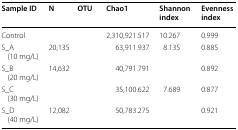
<table><thead><tr><td><b>Sample ID</b></td><td><b>N</b></td><td><b>OTU</b></td><td><b>Chao1</b></td><td><b>Shannon index</b></td><td><b>Evenness index</b></td></tr></thead><tbody><tr><td>Control</td><td>[EMPTY_CELL]</td><td>[EMPTY_CELL]</td><td>2,310,921.517</td><td>10.267</td><td>0.999</td></tr><tr><td>S_A (10 mg/L)</td><td>20,135</td><td>[EMPTY_CELL]</td><td>63,911.937</td><td>8.135</td><td>0.885</td></tr><tr><td>S_B (20 mg/L)</td><td>14,632</td><td>[EMPTY_CELL]</td><td>40,791.791</td><td>[EMPTY_CELL]</td><td>0.892</td></tr><tr><td>S_C (30 mg/L)</td><td>[EMPTY_CELL]</td><td>[EMPTY_CELL]</td><td>35,100.622</td><td>7.689</td><td>0.877</td></tr><tr><td>S_D (40 mg/L)</td><td>12,082</td><td>[EMPTY_CELL]</td><td>50,783.275</td><td>[EMPTY_CELL]</td><td>0.921</td></tr></tbody></table>